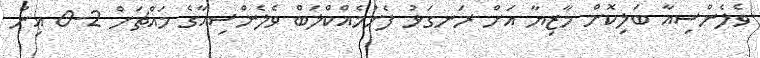
ވެލެންސިއާ ބަލިކޮށް މާޒިޔާ އަށް ރަނގަޅު ފެށުމެއްކްލަބް ވެލެންސިއާގެ މައްޗަށް 2-0 އިން